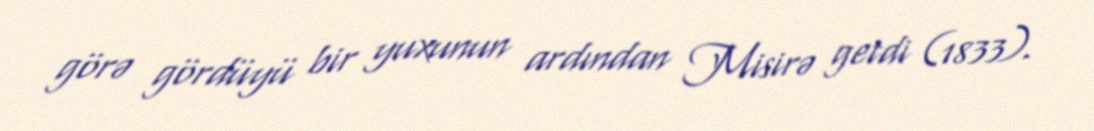
görə gördüyü bir yuxunun ardından Misirə getdi (1833).